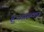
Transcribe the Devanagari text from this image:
हुआस्का